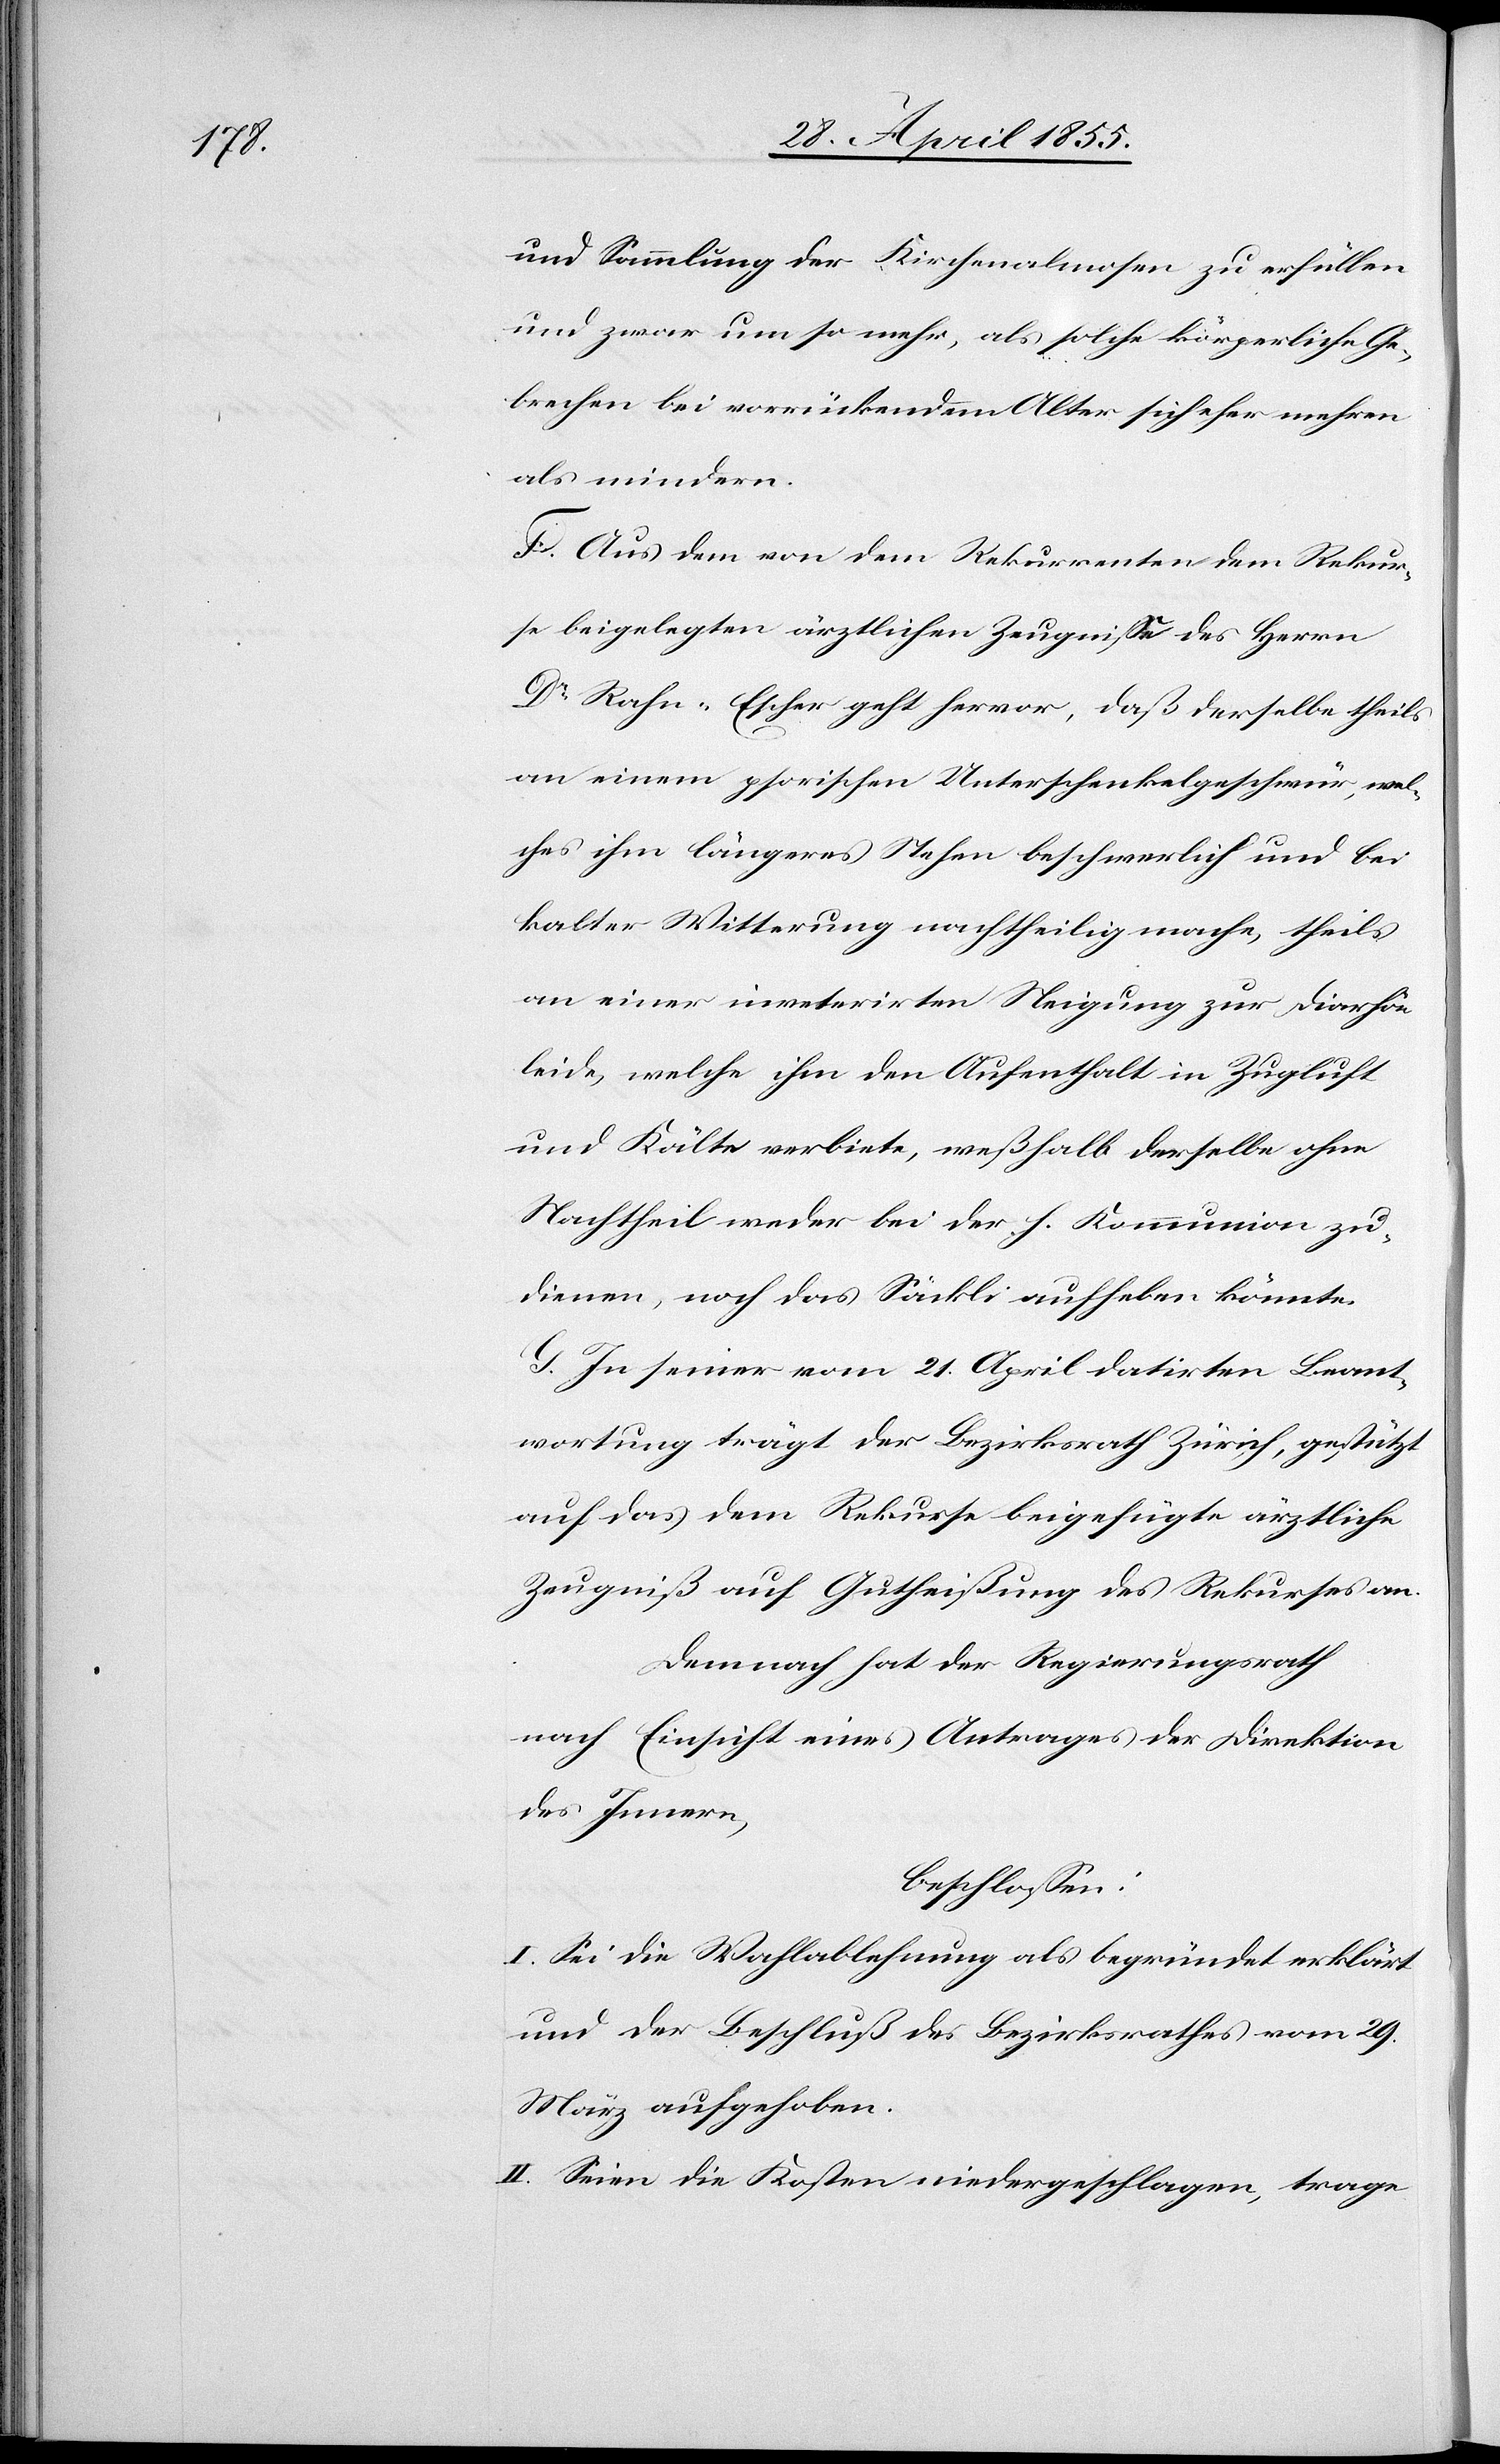
und Sammlung der Kirchenalmosen zu erfüllen
und zwar um so mehr, als solche körperliche Ge¬
brechen bei vorrückendem Alter sich eher mehren
als mindern.
F. Aus dem von dem Rekurrenten dem Rekur¬
se beigelegten ärztlichen Zeugnisse des Herrn
Dr Rahn-Escher geht hervor, daß derselbe theils
an einem psorischen Unterschenkelgeschwür, wel¬
ches ihm längeres Stehen beschwerlich und bei
kalter Witterung nachtheilig mache, theils
an einer inveterirten Neigung zur Diarhöe
leide, welche ihm den Aufenthalt in Zugluft
und Kälte verbiete, weßhalb derselbe ohne
Nachtheil weder bei der h. Kommunion zu¬
dienen, noch das Säckli aufheben könnte.
G. In seiner vom 21. April datirten Beant¬
wortung trägt der Bezirksrath Zürich, gestützt
auf das dem Rekurse beigefügte ärztliche
Zeugniß auf Gutheißung des Rekurses an.
Demnach hat der Regierungsrath
nach Einsicht eines Antrages der Direktion
des Innern,
beschlossen:
I. Sei die Wahlablehnung als begründet erklärt
und der Beschluß des Bezirksrathes vom 29.
März aufgehoben.
II. Seien die Kosten niedergeschlagen, trage